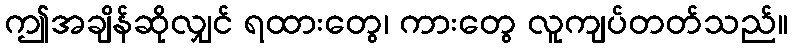
ဤအချိန်ဆိုလျှင် ရထားတွေ၊ ကားတွေ လူကျပ်တတ်သည်။